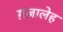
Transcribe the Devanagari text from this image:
ग़ज़ालेह